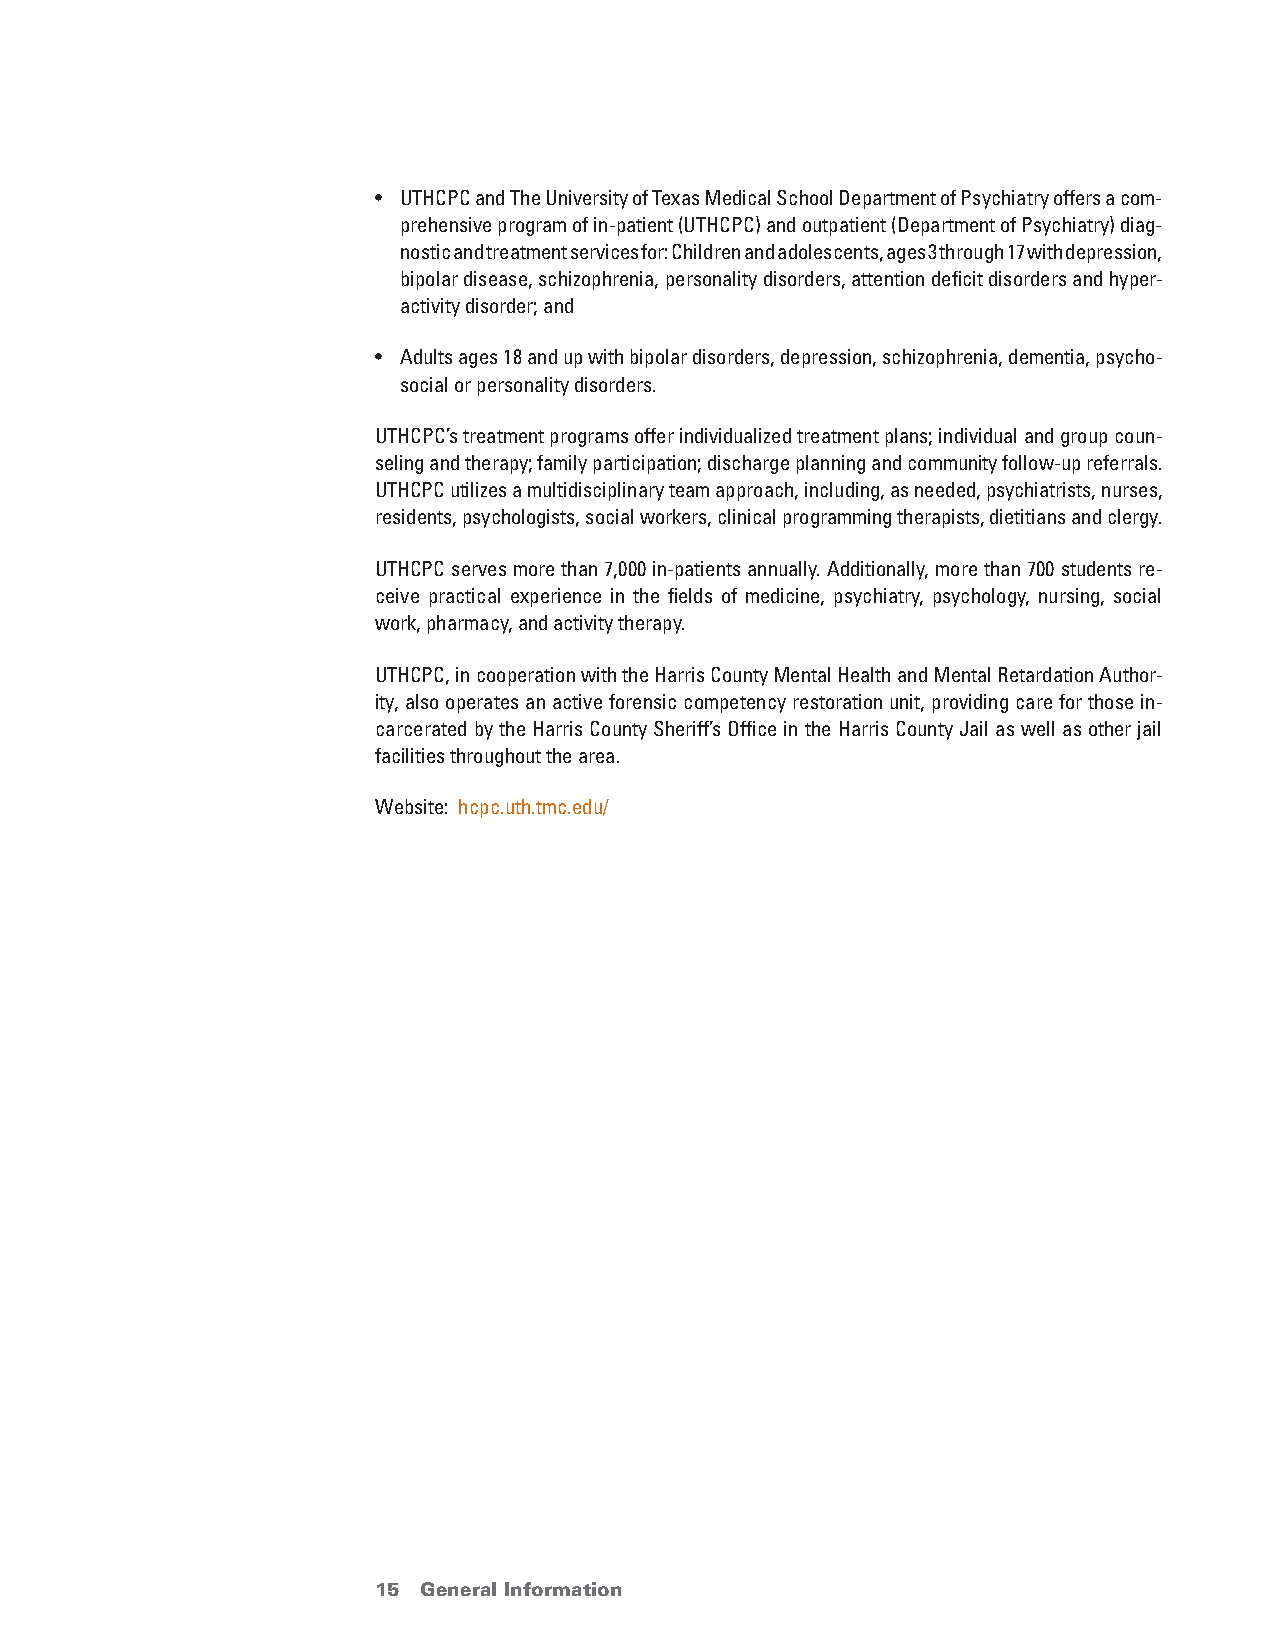
• UTHCPC and The University of Texas Medical School Department of Psychiatry offers a com-
 prehensive program of in-patient (UTHCPC) and outpatient (Department of Psychiatry) diag-
 nostic and treatment services for: Children and adolescents, ages 3 through 17 with depression,
 bipolar disease, schizophrenia, personality disorders, attention deficit disorders and hyper-
 activity disorder; and
 • Adults ages 18 and up with bipolar disorders, depression, schizophrenia, dementia, psycho-
 social or personality disorders.
 UTHCPC’s treatment programs offer individualized treatment plans; individual and group coun-
 seling and therapy; family participation; discharge planning and community follow-up referrals.
 UTHCPC utilizes a multidisciplinary team approach, including, as needed, psychiatrists, nurses,
 residents, psychologists, social workers, clinical programming therapists, dietitians and clergy.
 UTHCPC serves more than 7,000 in-patients annually. Additionally, more than 700 students re-
 ceive practical experience in the fields of medicine, psychiatry, psychology, nursing, social
 work, pharmacy, and activity therapy.
 UTHCPC, in cooperation with the Harris County Mental Health and Mental Retardation Author-
 ity, also operates an active forensic competency restoration unit, providing care for those in-
 carcerated by the Harris County Sheriff’s Office in the Harris County Jail as well as other jail
 facilities throughout the area.
 Website: hcpc.uth.tmc.edu/
 15 General Information                 return to Table of Contents